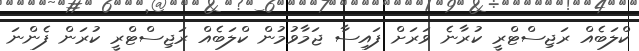
ކްލަބެއް ރަޖިސްޓްރީ ކުރާނެ ވަރަށް ފައިސާ ޖަމާވުމުން ކްލަބެއް ރަޖިސްޓްރީ ކުރަން ފެންނަ